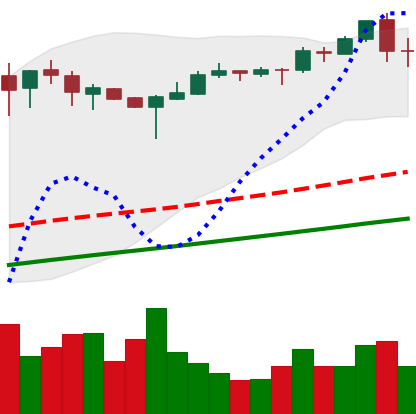
Ticker: BTC-USD
Chart end date: 2017-09-03
Forward return: -7.729%
Label: down_7plus